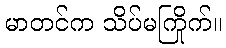
မာတင်က သိပ်မကြိုက်။